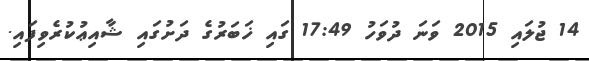
14 ޖުލައި 2015 ވަނަ ދުވަހު 17:49 ގައި ޚަބަރުގެ ދަށުގައި ޝާއިޢުކުރެވިފައި.